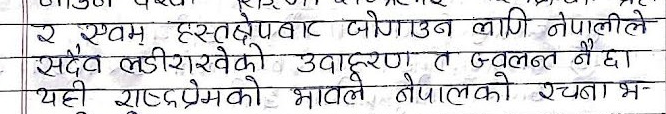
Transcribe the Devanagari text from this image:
र स्वयं हस्तक्षेपबाट जोगाउन लागि नेपालीले
सदैव लडिरहेको उदाहरण त ज्वलन्त नै छ।
यही राष्ट्रप्रेमको भावले नेपालको रचयना भ-